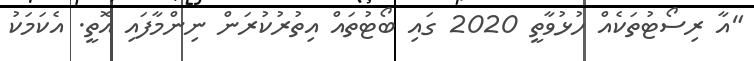
"އާ ރިސޯޓުތަކެއް ހުޅުވާތީ 2020 ގައި ބޯޓުތައް އިތުރުކުރަން ނިންމާފައި އޮތީ. އެކަމަކު